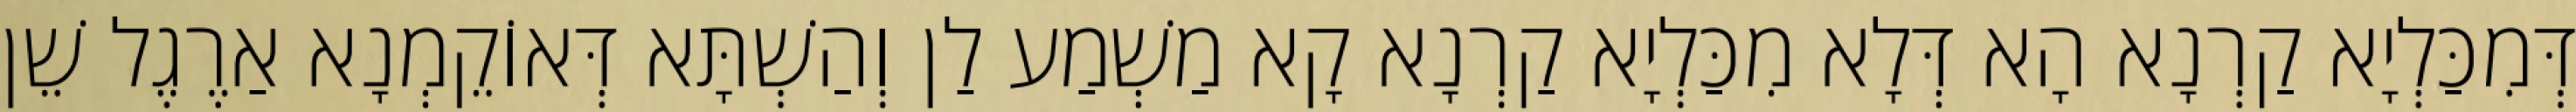
דְּמִכַּלְיָא קַרְנָא הָא דְּלָא מִכַּלְיָא קַרְנָא קָא מַשְׁמַע לַן וְהַשְׁתָּא דְּאוֹקֵמְנָא אַרֶגֶל שֵׁן